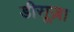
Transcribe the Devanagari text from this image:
डीसूज़ा